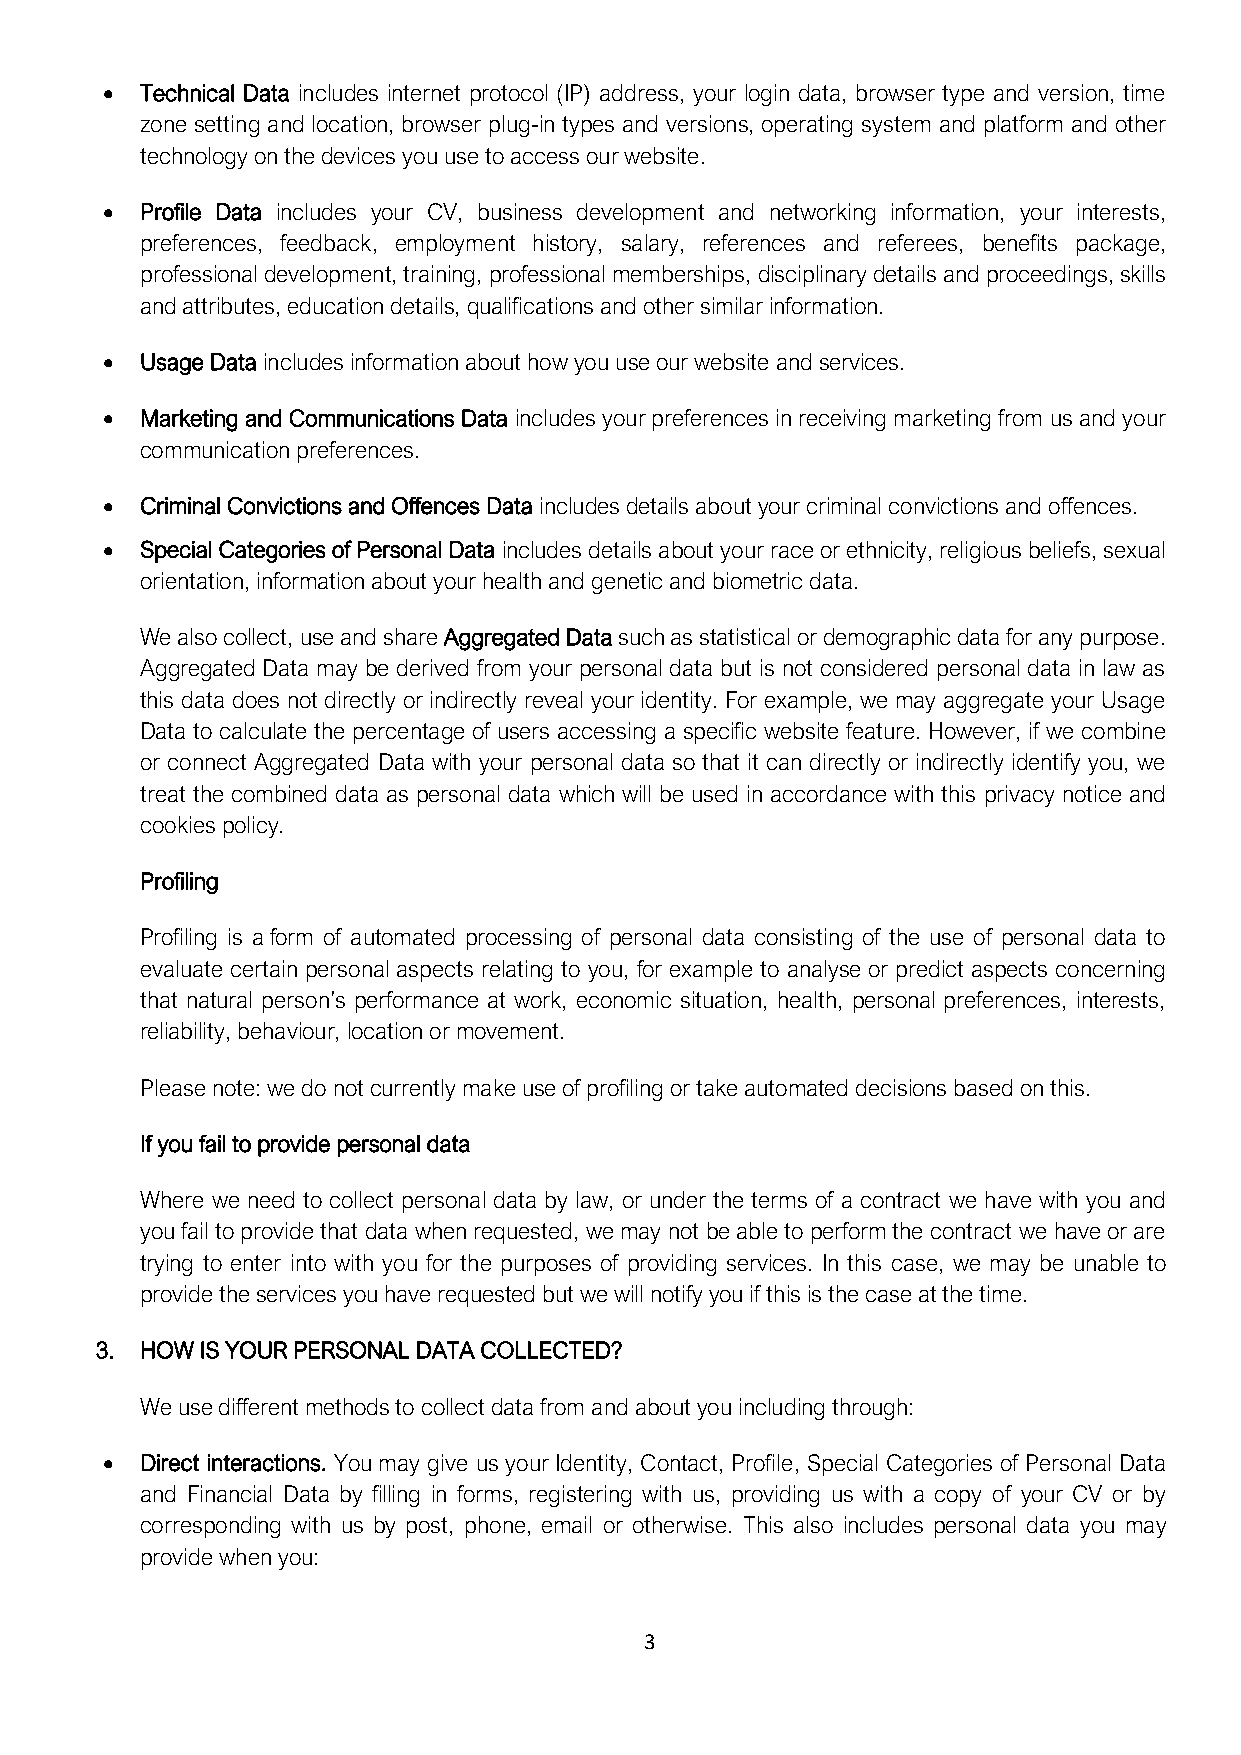
• Technical Data includes internet protocol (IP) address, your login data, browser type and version, time
 zone setting and location, browser plug-in types and versions, operating system and platform and other
 technology on the devices you use to access our website.
 • Profile Data includes your CV, business development and networking information, your interests,
 preferences, feedback, employment history, salary, references and referees, benefits package,
 professional development, training, professional memberships, disciplinary details and proceedings, skills
 and attributes, education details, qualifications and other similar information.
 • Usage Data includes information about how you use our website and services.
 • Marketing and Communications Data includes your preferences in receiving marketing from us and your
 communication preferences.
 • Criminal Convictions and Offences Data includes details about your criminal convictions and offences.
 • Special Categories of Personal Data includes details about your race or ethnicity, religious beliefs, sexual
 orientation, information about your health and genetic and biometric data.
 We also collect, use and share Aggregated Data such as statistical or demographic data for any purpose.
 Aggregated Data may be derived from your personal data but is not considered personal data in law as
 this data does not directly or indirectly reveal your identity. For example, we may aggregate your Usage
 Data to calculate the percentage of users accessing a specific website feature. However, if we combine
 or connect Aggregated Data with your personal data so that it can directly or indirectly identify you, we
 treat the combined data as personal data which will be used in accordance with this privacy notice and
 cookies policy.
 Profiling
 Profiling is a form of automated processing of personal data consisting of the use of personal data to
 evaluate certain personal aspects relating to you, for example to analyse or predict aspects concerning
 that natural person’s performance at work, economic situation, health, personal preferences, interests,
 reliability, behaviour, location or movement.
 Please note: we do not currently make use of profiling or take automated decisions based on this.
 If you fail to provide personal data
 Where we need to collect personal data by law, or under the terms of a contract we have with you and
 you fail to provide that data when requested, we may not be able to perform the contract we have or are
 trying to enter into with you for the purposes of providing services. In this case, we may be unable to
 provide the services you have requested but we will notify you if this is the case at the time.
 3. HOW IS YOUR PERSONAL DATA COLLECTED?
 We use different methods to collect data from and about you including through:
 • Direct interactions. You may give us your Identity, Contact, Profile, Special Categories of Personal Data
 and Financial Data by filling in forms, registering with us, providing us with a copy of your CV or by
 corresponding with us by post, phone, email or otherwise. This also includes personal data you may
 provide when you:
 3